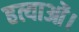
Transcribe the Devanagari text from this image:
हत्याओं।